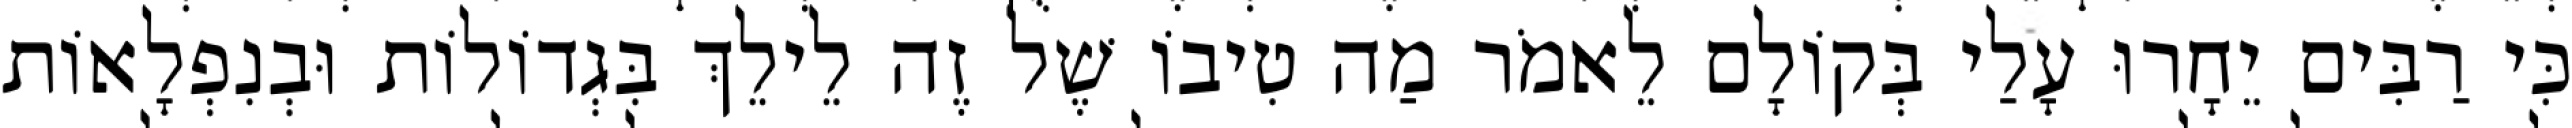
כִּי רַבִּים יֵחָרוּ עָלַי בְּקוֹלָם לֵאמֹר מַה טִיבוֹ שֶׁל זֶה לֵילֵךְ בִּגְדוֹלוֹת וּבְנִפְלָאוֹת